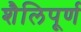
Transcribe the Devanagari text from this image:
शैलिपूर्ण